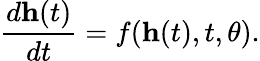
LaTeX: \frac{d\mathbf{h}(t)}{dt}=f(\mathbf{h}(t),t,\theta).